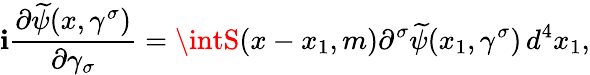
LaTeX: \mathbf{i}\frac{{\partial\widetilde{{\psi}}(x,\gamma^{\sigma})}}{{\partial\gamma_{\sigma}}}=\intS(x-x_{1},m)\partial^{\sigma}\widetilde{{\psi}}(x_{1},\gamma^{\sigma})\, d^{4}x_{1},